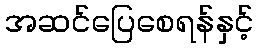
အဆင်ပြေစေရန်နှင့်